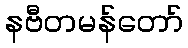
နဗီတမန်တော်